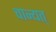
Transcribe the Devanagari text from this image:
चान्यत्